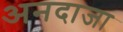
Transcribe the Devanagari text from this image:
अनदाजा